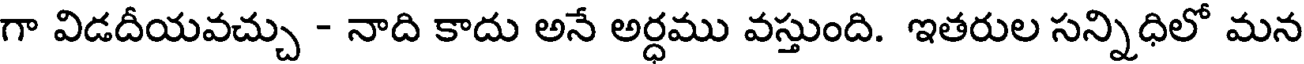
గా విడదీయవచ్చు - నాది కాదు అనే అర్ధము వస్తుంది. ఇతరుల సన్నిధిలో మన